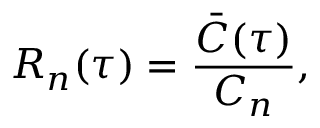
R _ { n } ( \tau ) = \frac { \bar { C } ( \tau ) } { C _ { n } } ,